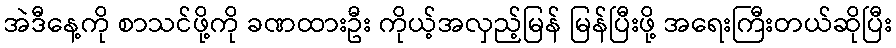
အဲဒီနေ့ကို စာသင်ဖို့ကို ခဏထားဦး ကိုယ့်အလှည့်မြန် မြန်ပြီးဖို့ အရေးကြီးတယ်ဆိုပြီး